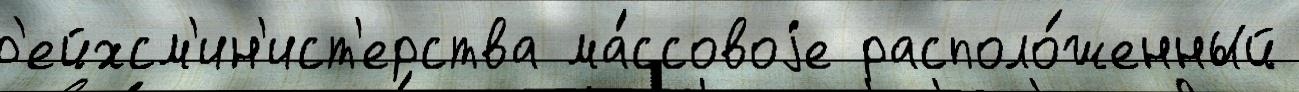
р'ейхсм'ин'ист'ерства ма́ссовоjе располо́женный